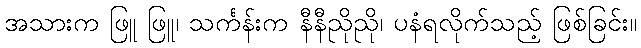
အသားက ဖြူ ဖြူ၊ သင်္ကန်းက နီနီညိုညို၊ ပနံရလိုက်သည့် ဖြစ်ခြင်း။